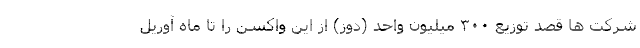
شرکت ها قصد توزیع ۳۰۰ میلیون واحد (دوز) از این واکسن را تا ماه آوریل